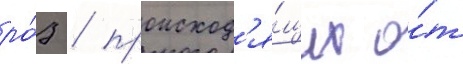
ро́з / происход'я́щих о́т